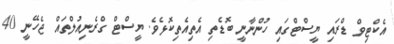
އެކްޓިވް ޑްރައި ޔީސްޓްގައި ހުންނާނީ ބޮޑެތި އެތިއެތިކޮޅެވެ. ޔީސްޓް ގްރެނިއުލްތައް ޖެހޭނީ 40